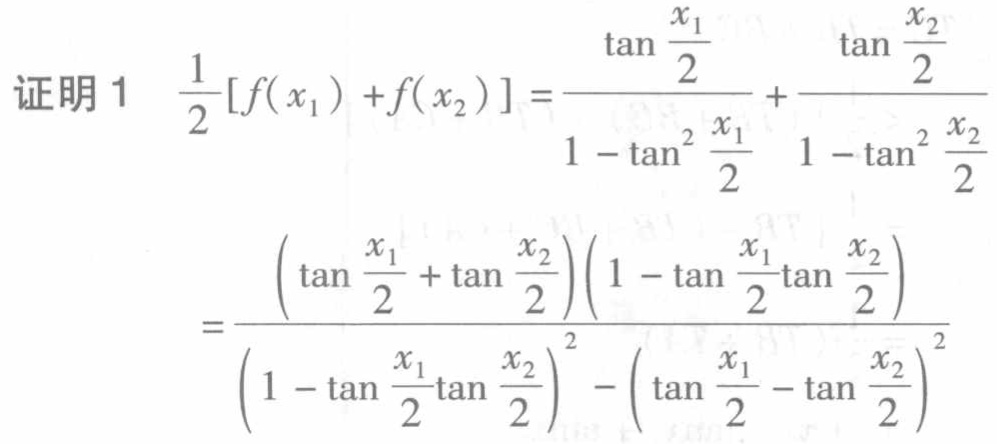
证明 1
\[
\begin{align*}
\frac{1}{2}[f(x_1)+f(x_2)]&=\frac{\tan\frac{x_1}{2}}{1 - \tan^2\frac{x_1}{2}}+\frac{\tan\frac{x_2}{2}}{1 - \tan^2\frac{x_2}{2}}\\
&=\frac{\left(\tan\frac{x_1}{2}+\tan\frac{x_2}{2}\right)\left(1 - \tan\frac{x_1}{2}\tan\frac{x_2}{2}\right)}{\left(1 - \tan\frac{x_1}{2}\tan\frac{x_2}{2}\right)^2-\left(\tan\frac{x_1}{2}-\tan\frac{x_2}{2}\right)^2}
\end{align*}
\]